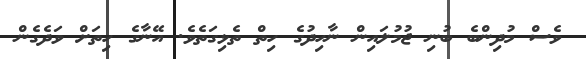
ވެސް މުދިންބެ ބުނި ޖުމުލައިން ނާހިދުގެ ހިތް ތެޅިގަތެވެ. އޭނާގެ ހިތަށް ވަދެގެން